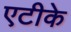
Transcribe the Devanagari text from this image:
एटीके